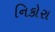
નિકોરા